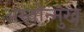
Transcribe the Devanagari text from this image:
अस्तोन्मुख